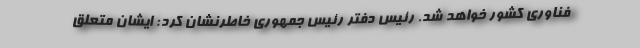
فناوری کشور خواهد شد. رئیس دفتر رئیس جمهوری خاطرنشان کرد: ایشان متعلق